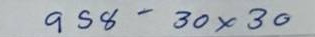
958 - 30 x 30